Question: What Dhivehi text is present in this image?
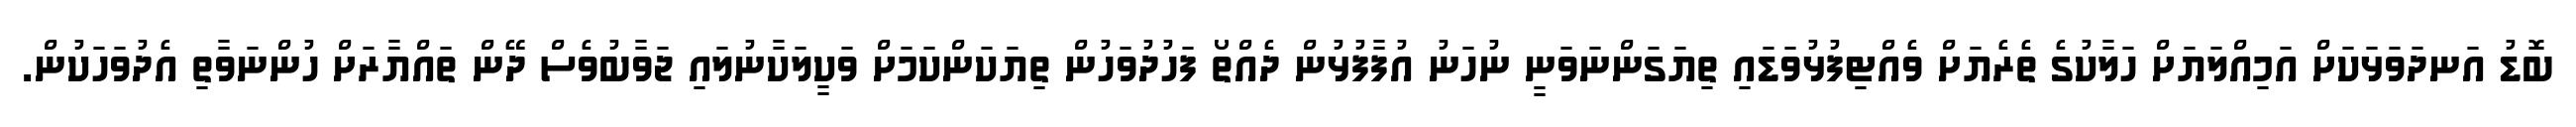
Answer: ބޮޑު އަނދަވަޅަކަށް އަމިއްލަޔަށް ހަލާކުގެ ތެރެޔަށް ވެއްޓިފުޅުވަޑައި ތިޔަގަންނަވަނީ ނުހަނު އުފާފުޅުން ދެއްތޯ ފަހުދުވަހުން ތިޔަކަންކަމަށް ވަކީލަކާނުލައި ޖަވާބުވެސް ދޭން ތައްޔާރަށް ހުންނަވާތި އެދުވަހަކުން.